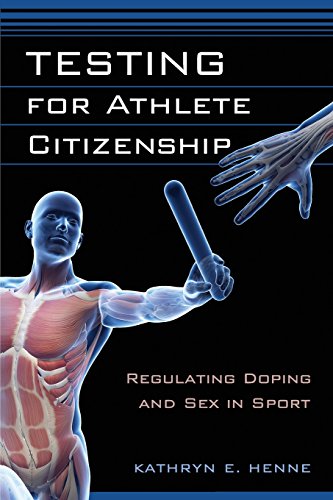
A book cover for Testing for Athlete Citizenship: Regulating Doping and Sex in Sport (Critical Issues in Sport and Society); Kathryn E. Henne; Law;